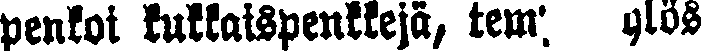
penkoi kukkaispenkkejä, tem# ylös